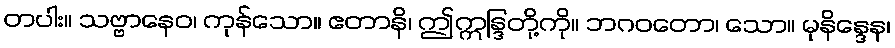
တပါး။ သဗ္ဗာနေဝ၊ ကုန်သော။ ဧတာနိ၊ ဤဣန္ဒြတို့ကို။ ဘဂဝတော၊ သော။ မုနိန္ဒေန၊